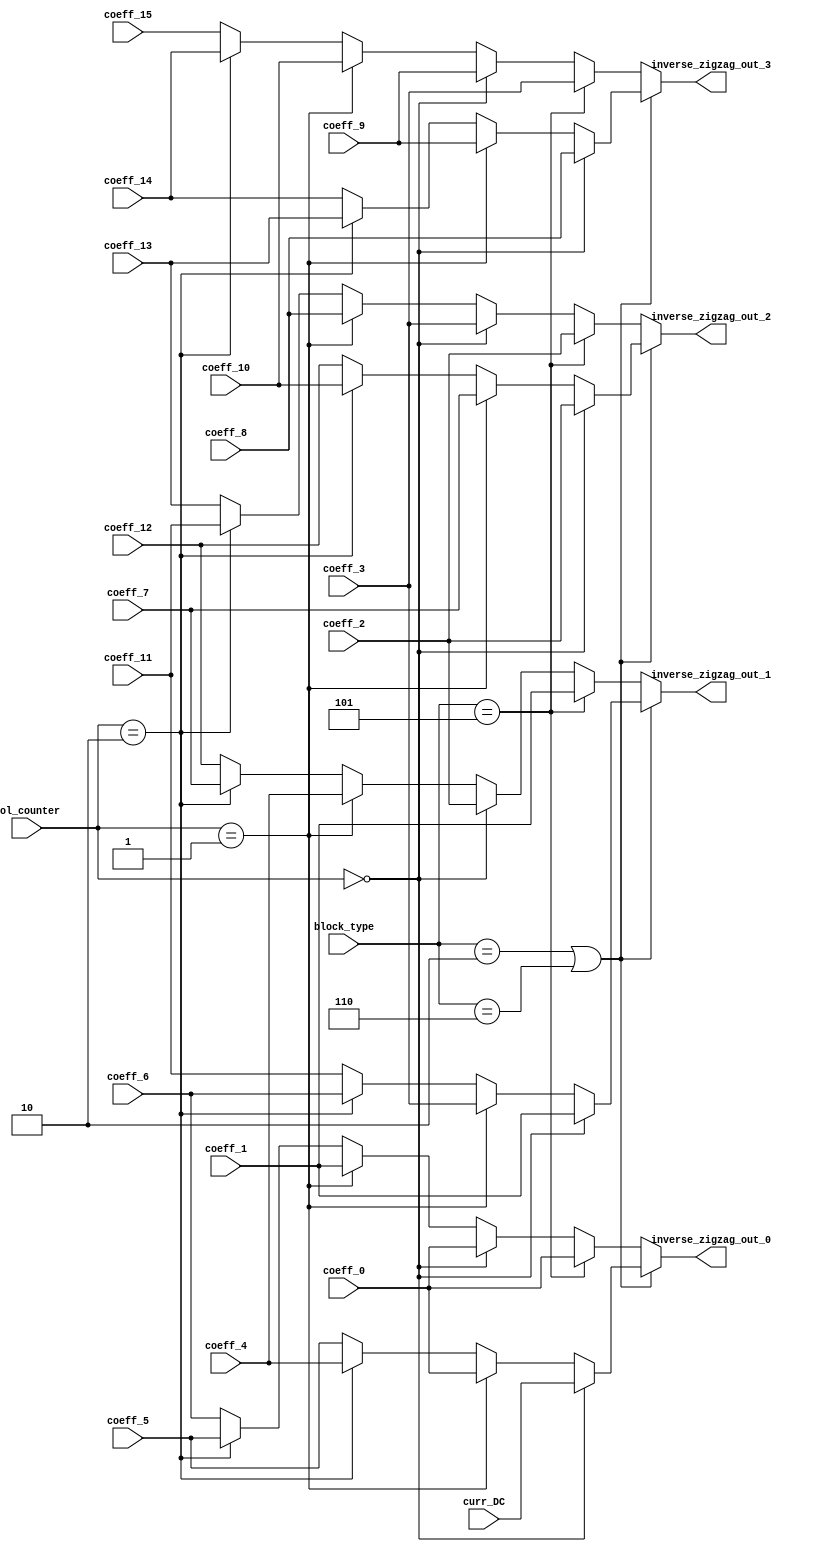
//--------------------------------------------------------------------------------------------------
// Design    : bitstream_p
// Author(s) : qiu bin, shi tian qi
// Copyright (C) 2013 qiu bin 
// All rights reserved                
//-------------------------------------------------------------------------------------------------


module transform_inverse_zigzag
(
	col_counter,
	block_type,
	curr_DC,
	coeff_0,
	coeff_1,
	coeff_2,
	coeff_3,
	coeff_4,
	coeff_5,
	coeff_6,
	coeff_7,
	coeff_8,
	coeff_9,
	coeff_10,
	coeff_11,
	coeff_12,
	coeff_13,
	coeff_14,
	coeff_15,
	inverse_zigzag_out_0,
	inverse_zigzag_out_1,
	inverse_zigzag_out_2,
	inverse_zigzag_out_3
);
//-------------------
//ports
//--------------------
input [1:0] col_counter;
input [2:0]	block_type;
input [15:0] curr_DC;
input [15:0] coeff_0;
input [15:0] coeff_1;
input [15:0] coeff_2;
input [15:0] coeff_3;
input [15:0] coeff_4;
input [15:0] coeff_5;
input [15:0] coeff_6;
input [15:0] coeff_7;
input [15:0] coeff_8;
input [15:0] coeff_9;
input [15:0] coeff_10;
input [15:0] coeff_11;
input [15:0] coeff_12;
input [15:0] coeff_13;
input [15:0] coeff_14;
input [15:0] coeff_15;

output [15:0] inverse_zigzag_out_0;
output [15:0] inverse_zigzag_out_1;
output [15:0] inverse_zigzag_out_2;
output [15:0] inverse_zigzag_out_3;


//----------------------
// regs
//----------------------
reg [15:0] inverse_zigzag_out_0;
reg [15:0] inverse_zigzag_out_1;
reg [15:0] inverse_zigzag_out_2;
reg [15:0] inverse_zigzag_out_3;

//--------------------
//inverse_zigzag_out
//--------------------
always @(*)
if (block_type == 2 || block_type == 6) begin //AC
	if (col_counter == 0 ) begin
		inverse_zigzag_out_0 = curr_DC;
		inverse_zigzag_out_1 = coeff_1;
		inverse_zigzag_out_2 = coeff_2;
		inverse_zigzag_out_3 = coeff_8;
	end
	else if (col_counter == 1) begin
		inverse_zigzag_out_0 = coeff_0;
		inverse_zigzag_out_1 = coeff_3;
		inverse_zigzag_out_2 = coeff_7;
		inverse_zigzag_out_3 = coeff_9;
	end
	else if (col_counter == 2) begin
		inverse_zigzag_out_0 = coeff_4;
		inverse_zigzag_out_1 = coeff_6;
		inverse_zigzag_out_2 = coeff_10;
		inverse_zigzag_out_3 = coeff_13;
	end
	else begin
		inverse_zigzag_out_0 = coeff_5;
		inverse_zigzag_out_1 = coeff_11;
		inverse_zigzag_out_2 = coeff_12;
		inverse_zigzag_out_3 = coeff_14;
	end
end
else if (block_type == 5) begin	//Chroma DC
	inverse_zigzag_out_0 = coeff_0;
	inverse_zigzag_out_1 = coeff_1;
	inverse_zigzag_out_2 = coeff_2;
	inverse_zigzag_out_3 = coeff_3;
end
else begin	//Luma4x4 or LumaDC
	if (col_counter == 0 ) begin
		inverse_zigzag_out_0 = coeff_0;
		inverse_zigzag_out_1 = coeff_2;
		inverse_zigzag_out_2 = coeff_3;
		inverse_zigzag_out_3 = coeff_9;
	end
	else if (col_counter == 1) begin
		inverse_zigzag_out_0 = coeff_1;
		inverse_zigzag_out_1 = coeff_4;
		inverse_zigzag_out_2 = coeff_8;
		inverse_zigzag_out_3 = coeff_10;
	end
	else if (col_counter == 2) begin
		inverse_zigzag_out_0 = coeff_5;
		inverse_zigzag_out_1 = coeff_7;
		inverse_zigzag_out_2 = coeff_11;
		inverse_zigzag_out_3 = coeff_14;
	end
	else begin
		inverse_zigzag_out_0 = coeff_6;
		inverse_zigzag_out_1 = coeff_12;
		inverse_zigzag_out_2 = coeff_13;
		inverse_zigzag_out_3 = coeff_15;
	end
end
endmodule